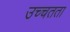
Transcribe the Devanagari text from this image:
उच्चतता